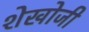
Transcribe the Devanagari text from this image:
शेखोजी